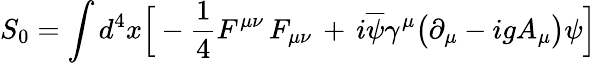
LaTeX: S_{0}=\int d^{4}x\Big[-{\frac{1}{4}}F^{\mu\nu}\, F_{\mu\nu}\, +\, i\overline{{\psi}}\gamma^{\mu}\big(\partial_{\mu}-igA_{\mu}\big)\psi\Big]